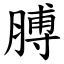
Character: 膊